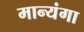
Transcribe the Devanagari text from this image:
मान्यंगा